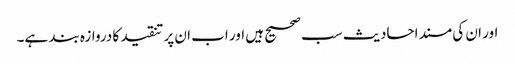
اور ان کی مسند احادیث سب صحیح ہیں اور اب ان پر تنقید کا دروازہ بند ہے۔